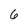
Character: 6